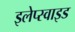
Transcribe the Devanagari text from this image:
इलेप्स्वाइड